Piroplasma canis and its life cycle in the tick - Number 29
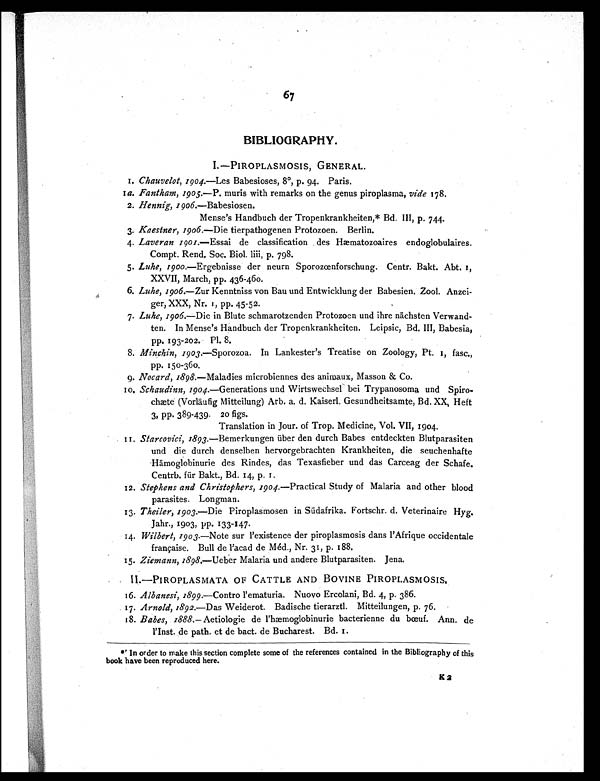
67
BIBLIOGRAPHY.
I.—PIROPLASMOSIS, GENERAL.
1. Chauvelot, 1904.—Les Babesioses, 8°, p. 94. Paris.
1a. Fantham, 1905.—P. muris with remarks on the genus piroplasma, vide 178.
2. Hennig, 1906.—Babesiosen.
Mense's Handbuch der Tropenkrankheiten,* Bd. III, p. 744.
3. Kaestner, 1906.—Die tierpathogenen Protozoen. Berlin.
4. Laveran 1901.—Essai de classification des Hæmatozoaires endoglobulaires.
Compt. Rend. Soc. Biol. liii, p. 798.
5. Luhe, 1900.—Ergebnisse der neurn Sporozœnforschung. Centr. Bakt. Abt, 1,
XXVII, March, pp. 436-460.
6. Luhe, 1906.—Zur Kenntniss von Bau und Entwicklung der Babesien. Zool. Anzei-
ger, XXX, Nr. 1, pp. 45-52.
7. Luhe, 1906.—Die in Blute schmarotzenden Protozoen und ihre nächsten Verwand-
ten. In Mense's Handbuch der Tropenkrankheiten. Leipsic, Bd. III, Babesia,
pp. 193-202. Pl. 8.
8. Minchin, 1903.—Sporozoa. In Lankester's Treatise on Zoology, Pt. 1, fasc.,
pp. 150-360.
9. Nocard, 1898.—Maladies microbiennes des animaux, Masson & Co.
1 0 .
S c h a u d i n n , 1 9 0 4 . —
Generations und Wirtswechsel bei Trypanosoma und Spiro-
c h æ t e ( Vo r l ä u f i g Mi t t e i l u n g ) Ar b . a . d . Ka i s e r l . Ge s u n d h e i t s a mt e , B d . XX, He f t
3, pp. 389-439. 20 figs.
Translation in Jour. of Trop. Medicine, Vol. VII, 1904.
1 1 .
S t a r c o v i c i , 1 8 9 3 . —
B e m e r k u n g e n ü b e r d e n d u r c h B a b e s e n t d e c k t e n B l u t p a r a s i t e n
und die durch denselben hervorgebrachten Krankheiten, die seuchenhafte
Hämoglobinurie des Rindes, das Texasfieber und das Carceag der Schafe.
Ce n t r b . f ü r Ba k t . , Bd . 1 4 , p . 1 .
12.Stephens and Christophers, 1904.— Practical Study of Malaria and other blood
parasites. Longman.
13.Theiler, 1903.—Die Piroplasmosen in Südafrika. Fortschr. d. Veterinaire Hyg.
Jahr., 1903, pp. 133-147.
14. Wilbert, 1903.—Note sur l'existence der piroplasmosis dans l'Afrique occidentale
française. Bull de l'acad de Méd., Nr. 31, p. 188.
15.Ziemann, 1898.— Ueber Malaria und andere Blutparasiten. Jena.
II.—PIROPLASMATA OF CATTLE AND BOVINE PIROPLASMOSIS.
16.Albanesi, 1899.—Contro l'ematuria. Nuovo Ercolani, Bd. 4, p. 386.
17.Arnold, 1892.—Das Weiderot. Badische tierarztl. Mitteilungen, p. 76.
18.Babes, 1888.— Aetiologie de l'hæmoglobinurie bacterienne du bœuf. Ann. de
l'Inst. de path. et de bact. de Bucharest. Bd. 1.
* In order to make this section complete some of the references contained in the Bibliography of this
book have been reproduced here.